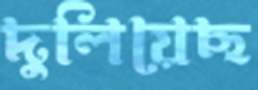
দুলিয়েছ